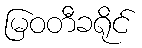
မြဝတီခရိုင်